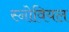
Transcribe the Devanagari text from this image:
स्नोवियल